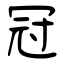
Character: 冠